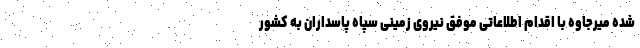
شده میرجاوه با اقدام اطلاعاتی موفق نیروی زمینی سپاه پاسداران به کشور